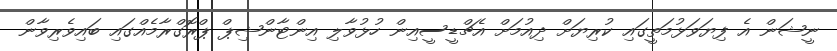
ނީޝަން އެ ފިޔަވަޅުމަތީގައި ކުރިޔަށް ދިއުމަށް އެޗްޑީސީއިން ހުޅުވާލި އިންޓާންޝިޕް ޕްރޮގްރާމެއްގައި ބައިވެރިވާން